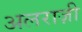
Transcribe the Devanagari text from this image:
अलराज़ी